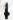
4